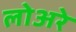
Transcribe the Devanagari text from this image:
लोअरे